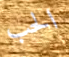
الحب